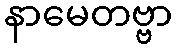
နာမေတဗ္ဗာ